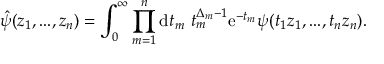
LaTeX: \hat { \psi } ( z _ { 1 } , . . . , z _ { n } ) = \int _ { 0 } ^ { \infty } \prod _ { m = 1 } ^ { n } \mathrm { d } t _ { m } \ t _ { m } ^ { \Delta _ { m } - 1 } \mathrm { e } ^ { - t _ { m } } \psi ( t _ { 1 } z _ { 1 } , . . . , t _ { n } z _ { n } ) .